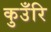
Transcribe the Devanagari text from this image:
कुउँरि